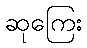
ဆုကြေး